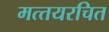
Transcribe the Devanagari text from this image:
मत्‍तयरचित